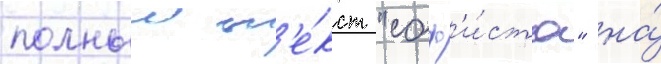
полныи т'е́кст "соф'и́ста" на́